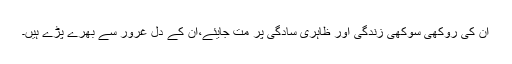
ان کی روکھی سوکھی زندگی اور ظاہری سادگی پر مت جایئے،ان کے دل غرور سے بھرے پڑے ہیں۔